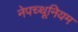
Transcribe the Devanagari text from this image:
नेपच्थूनियम